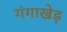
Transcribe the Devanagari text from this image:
गंगाखेड़